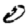
Digit: 0